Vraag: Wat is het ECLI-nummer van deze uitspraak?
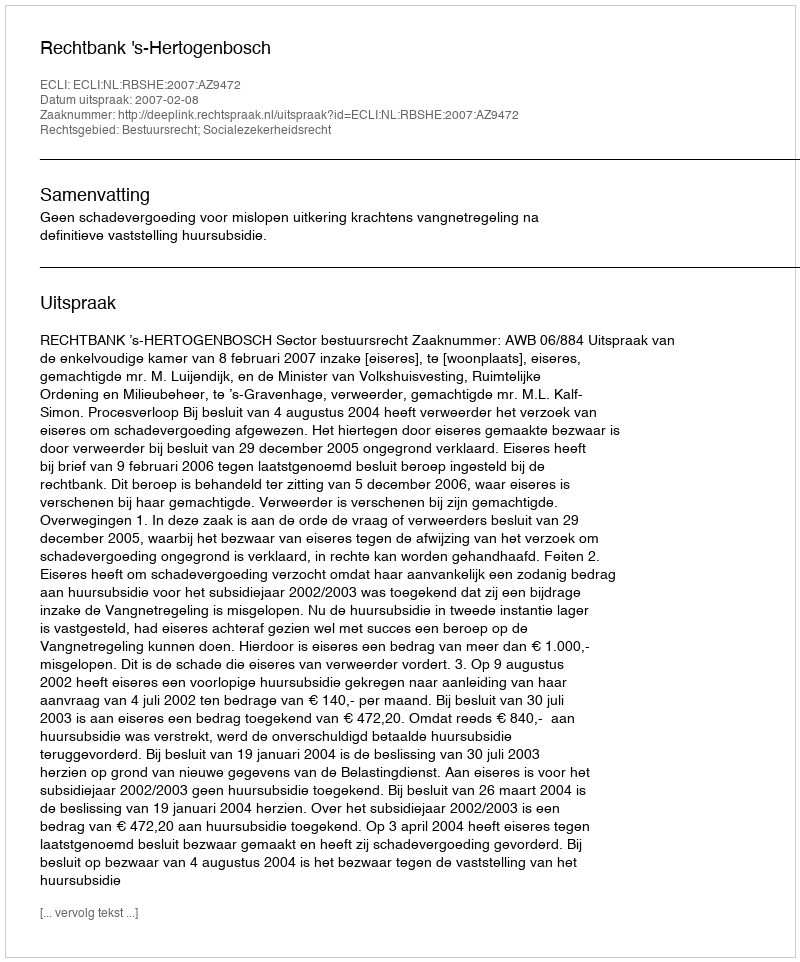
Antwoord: ECLI:NL:RBSHE:2007:AZ9472